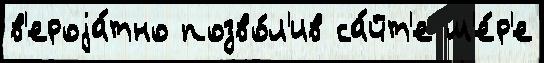
в'ероjа́тно позво́л'ив са́йт'е м'е́р'е